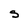
Character: s